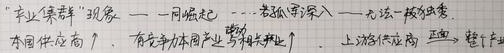
“产业集群”现象 —— 一同崛起 —— 若孤军深入 —— 无法一枝独秀.
本国供应商↑，有竞争力/本国产业 “呼朋唤友”.
上游(供应商) 垂直，整个产业